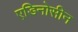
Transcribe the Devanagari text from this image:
एडिनोसीन